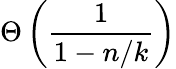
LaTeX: \Theta\left({\frac{1}{1-n/k}}\right)